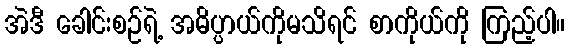
အဲဒီ ခေါင်းစဉ်ရဲ့ အဓိပ္ပာယ်ကိုမသိရင် စာကိုယ်ကို ကြည့်ပါ။